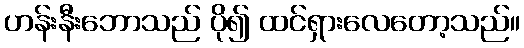
ဟန်းနီးဘောသည် ပို၍ ထင်ရှားလေတော့သည်။